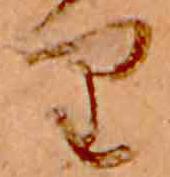
り